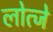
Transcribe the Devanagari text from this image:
लोत्जे